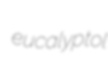
eucalyptol